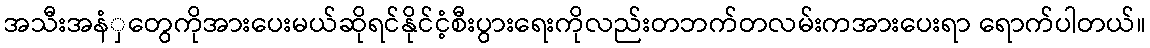
အသီးအနံှတွေကိုအားပေးမယ်ဆိုရင်နိုင်ငံ့စီးပွားရေးကိုလည်းတဘက်တလမ်းကအားပေးရာ ရောက်ပါတယ်။